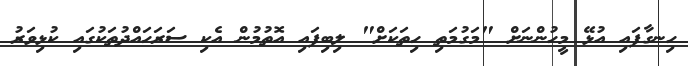
ހިނގާފައި އުޅޭ މީހުންނަށް "މަގުމަތި ހިތަކަށް" ލިބިފައި އޮތުމުން އެކި ސަރަހައްދުތަކުގައި ކުޅިވަރު